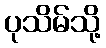
ပုသိမ်သို့